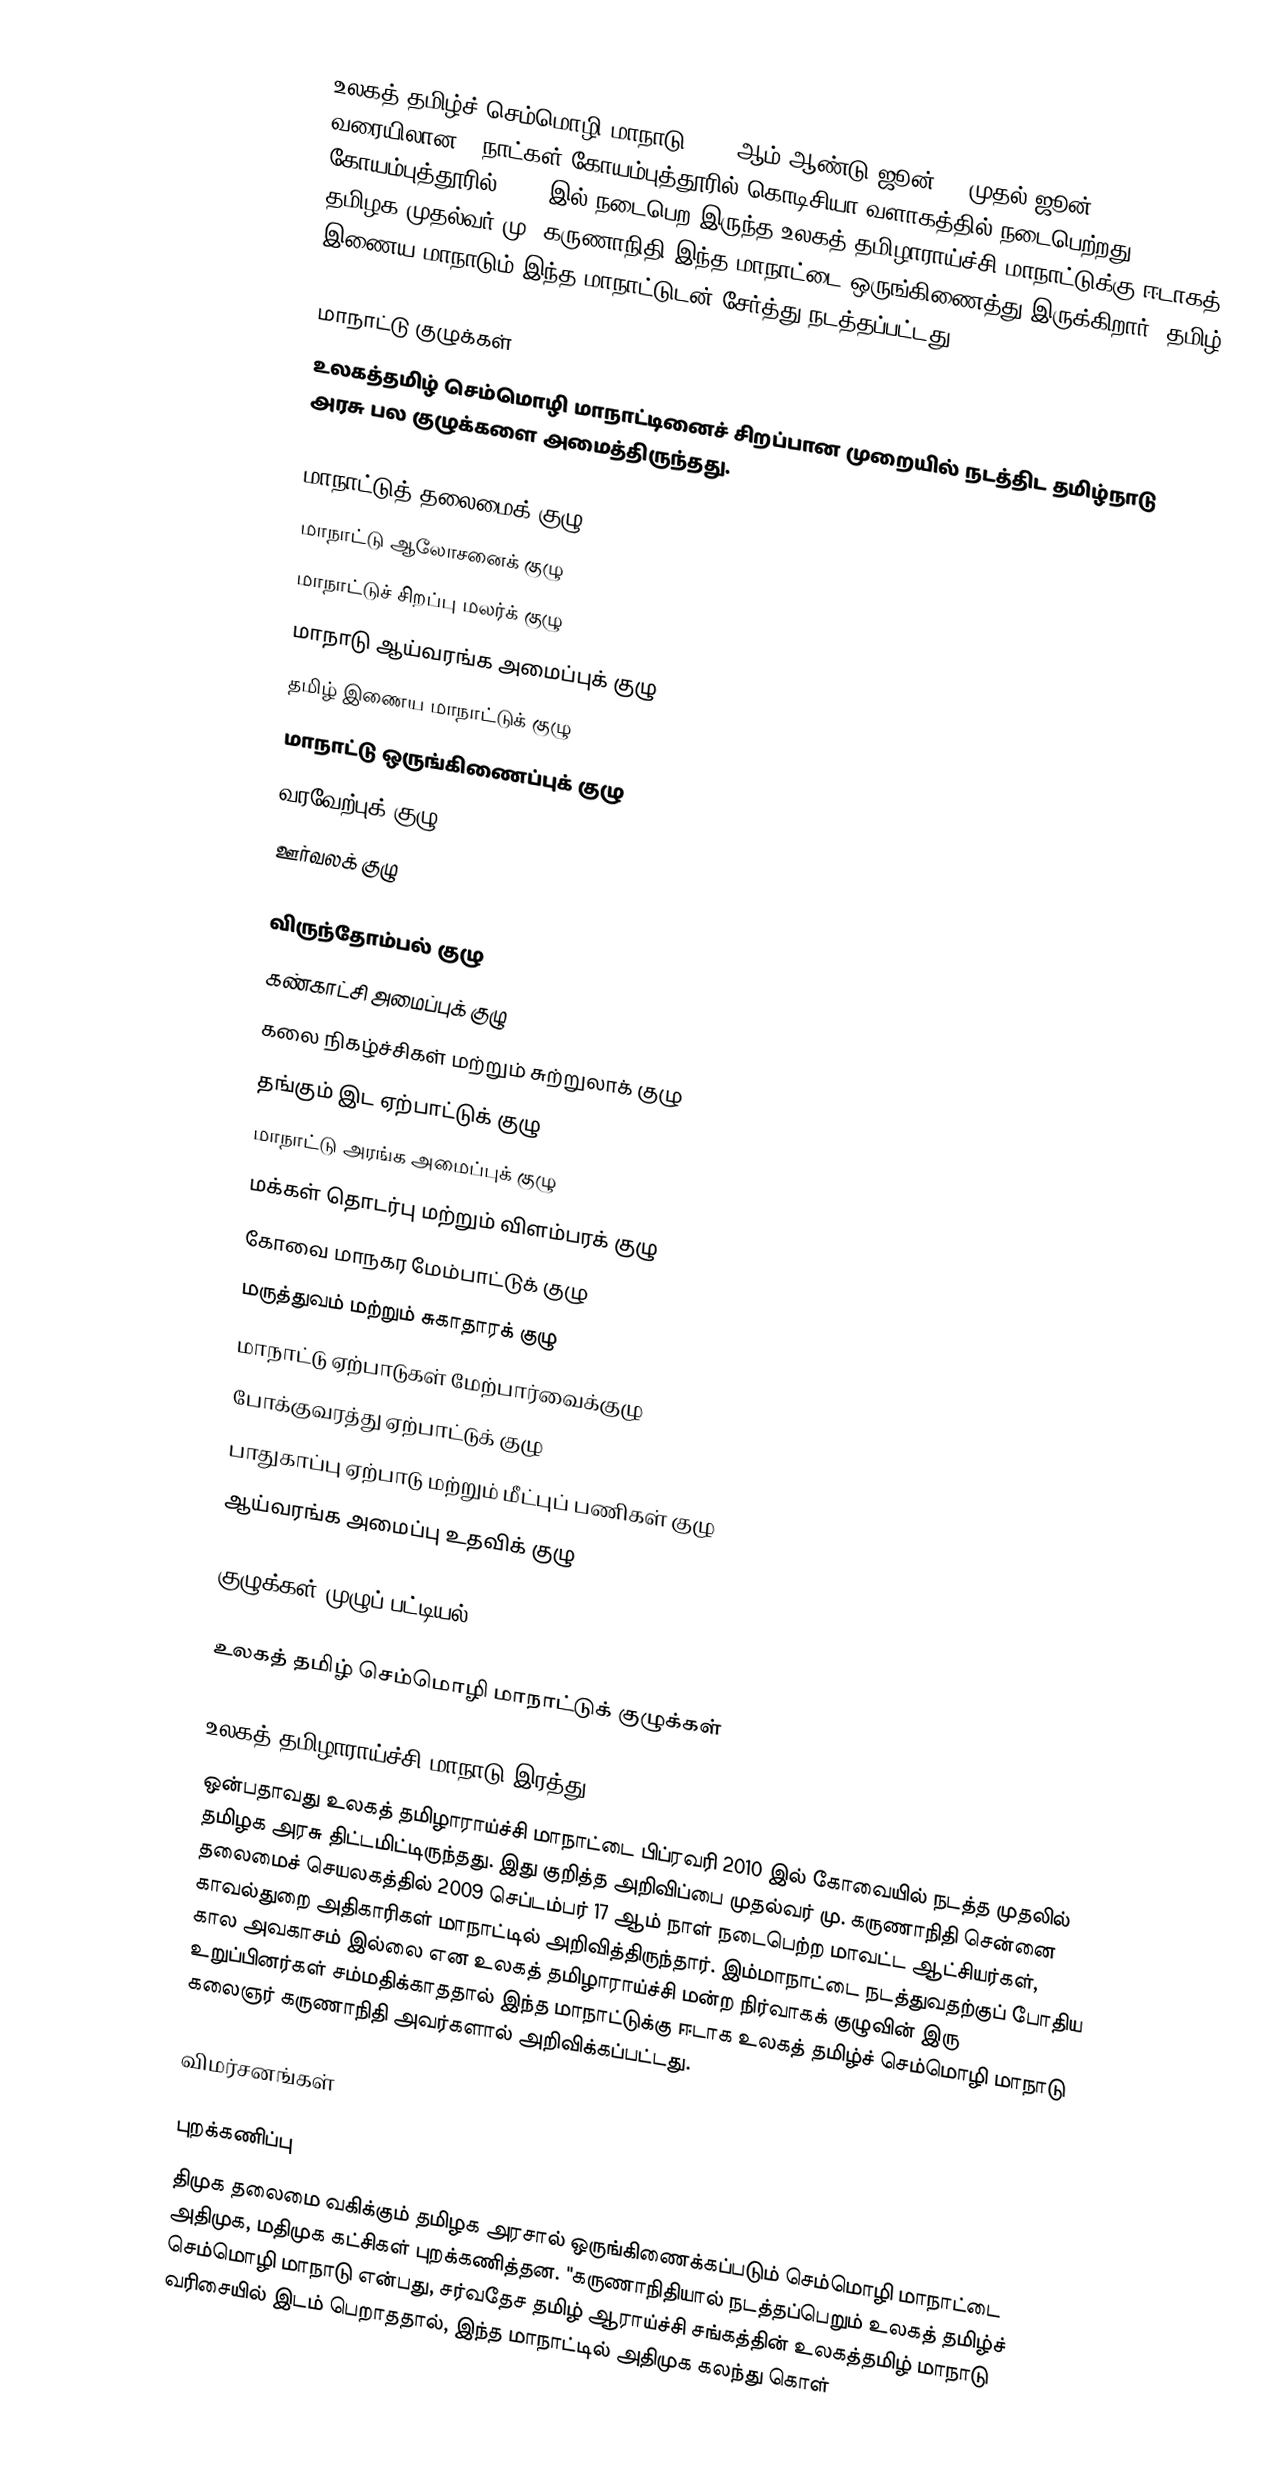
உலகத் தமிழ்ச் செம்மொழி மாநாடு 2010-ஆம் ஆண்டு ஜூன் 23 முதல் ஜூன் 27 வரையிலான 5 நாட்கள் கோயம்புத்தூரில் கொடிசியா வளாகத்தில் நடைபெற்றது. கோயம்புத்தூரில் 2010 இல் நடைபெற இருந்த உலகத் தமிழாராய்ச்சி மாநாட்டுக்கு ஈடாகத் தமிழக முதல்வர் மு. கருணாநிதி இந்த மாநாட்டை ஒருங்கிணைத்து இருக்கிறார். தமிழ் இணைய மாநாடும் இந்த மாநாட்டுடன் சேர்த்து நடத்தப்பட்டது.

மாநாட்டு குழுக்கள்
உலகத்தமிழ் செம்மொழி மாநாட்டினைச் சிறப்பான முறையில் நடத்திட தமிழ்நாடு அரசு பல குழுக்களை அமைத்திருந்தது.

மாநாட்டுத் தலைமைக் குழு
மாநாட்டு ஆலோசனைக் குழு
மாநாட்டுச் சிறப்பு மலர்க் குழு
மாநாடு ஆய்வரங்க அமைப்புக் குழு
தமிழ் இணைய மாநாட்டுக் குழு
மாநாட்டு ஒருங்கிணைப்புக் குழு
வரவேற்புக் குழு
ஊர்வலக் குழு

விருந்தோம்பல் குழு
கண்காட்சி அமைப்புக் குழு
கலை நிகழ்ச்சிகள் மற்றும் சுற்றுலாக் குழு
தங்கும் இட ஏற்பாட்டுக் குழு
மாநாட்டு அரங்க அமைப்புக் குழு
மக்கள் தொடர்பு மற்றும் விளம்பரக் குழு
கோவை மாநகர மேம்பாட்டுக் குழு
மருத்துவம் மற்றும் சுகாதாரக் குழு
மாநாட்டு ஏற்பாடுகள் மேற்பார்வைக்குழு
போக்குவரத்து ஏற்பாட்டுக் குழு
பாதுகாப்பு ஏற்பாடு மற்றும் மீட்புப் பணிகள் குழு
ஆய்வரங்க அமைப்பு உதவிக் குழு

குழுக்கள் முழுப் பட்டியல்

 உலகத் தமிழ் செம்மொழி மாநாட்டுக் குழுக்கள்

உலகத் தமிழாராய்ச்சி மாநாடு இரத்து
ஒன்பதாவது உலகத் தமிழாராய்ச்சி மாநாட்டை பிப்ரவரி 2010 இல் கோவையில் நடத்த முதலில் தமிழக அரசு திட்டமிட்டிருந்தது. இது குறித்த அறிவிப்பை முதல்வர் மு. கருணாநிதி சென்னை தலைமைச் செயலகத்தில் 2009 செப்டம்பர் 17 ஆம் நாள் நடைபெற்ற மாவட்ட ஆட்சியர்கள், காவல்துறை அதிகாரிகள் மாநாட்டில் அறிவித்திருந்தார். இம்மாநாட்டை நடத்துவதற்குப் போதிய கால அவகாசம் இல்லை என உலகத் தமிழாராய்ச்சி மன்ற நிர்வாகக் குழுவின் இரு உறுப்பினர்கள் சம்மதிக்காததால் இந்த மாநாட்டுக்கு ஈடாக உலகத் தமிழ்ச் செம்மொழி மாநாடு கலைஞர் கருணாநிதி அவர்களால் அறிவிக்கப்பட்டது.

விமர்சனங்கள்

புறக்கணிப்பு
திமுக தலைமை வகிக்கும் தமிழக அரசால் ஒருங்கிணைக்கப்படும் செம்மொழி மாநாட்டை அதிமுக, மதிமுக கட்சிகள் புறக்கணித்தன. "கருணாநிதியால் நடத்தப்பெறும் உலகத் தமிழ்ச் செம்மொழி மாநாடு என்பது, சர்வதேச தமிழ் ஆராய்ச்சி சங்கத்தின் உலகத்தமிழ் மாநாடு வரிசையில் இடம் பெறாததால், இந்த மாநாட்டில் அதிமுக கலந்து கொள்